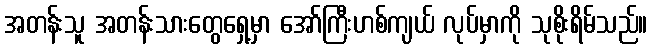
အတန်းသူ အတန်းသားတွေရှေ့မှာ အော်ကြီးဟစ်ကျယ် လုပ်မှာကို သုစိုးရိမ်သည်။